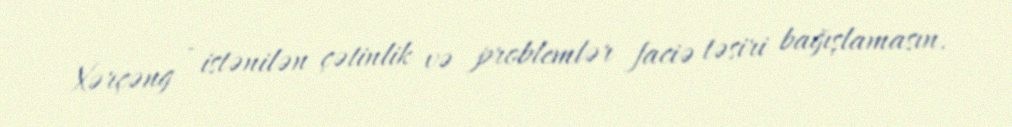
Xərçəng - istənilən çətinlik və problemlər faciə təsiri bağışlamasın.